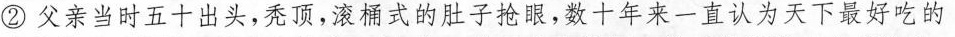
②父亲当时五十出头，秃顶，滚桶式的肚子抢眼，十年来一认为天下最好吃的